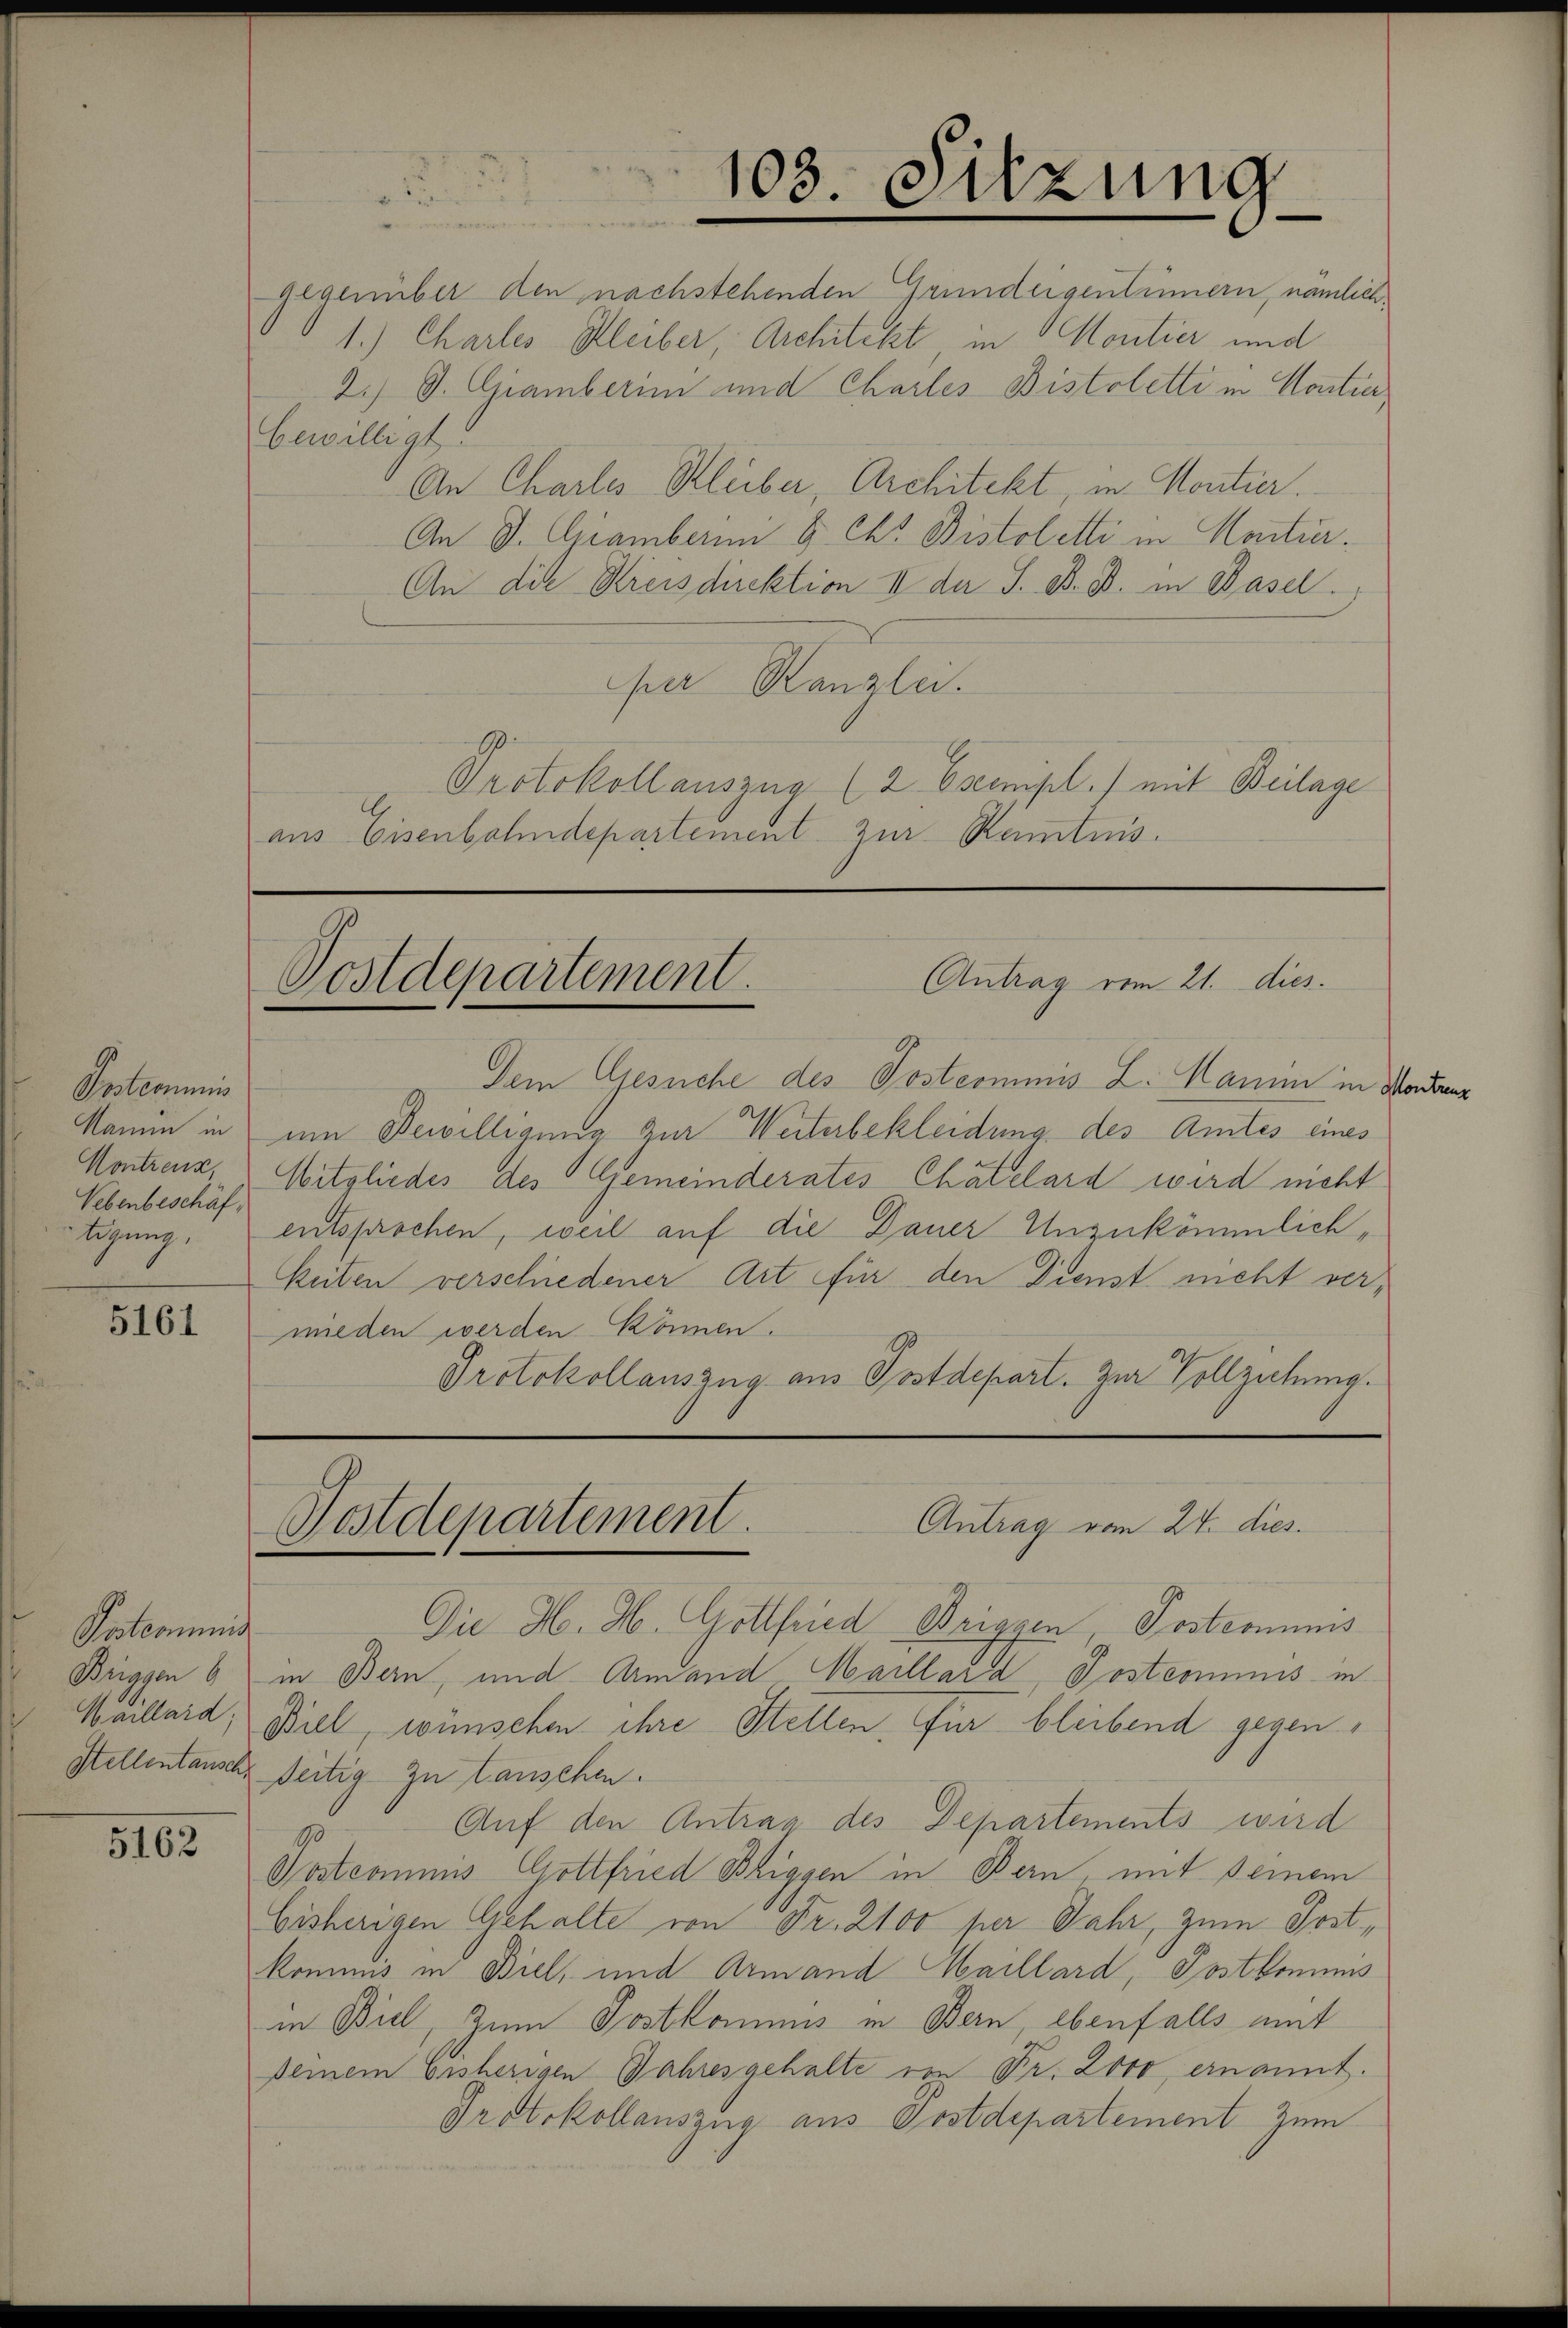
Postcommiss
Vebenbeschäf

5161

Patronung

5162

gegenüber den nachstehenden Grundeigentümern, nämlich¬
1.) Chartes Bleiber, Architekt in Montier und
2.) J. Chamberini und Charles Bistoletti in Contier
bewilligt.
An Charlos Bleiber, Architekt, in Montier.
An D. Gramberin 8 Ckt Bistoletti in Montier.
An die Kreisdirektion II der S. B. B. in Basel.
Aer Kanzlei.
Protokollauszug (2 Exempl.) mit Beilage
aus Eisenbahndepartement zur Kenntnis.

103. Sitzung.

u
Antrag vom 21. dies
Postdepartement.

Die H. H. Gottfried Briggen Posteriums
Briggen 6 in Bern, und Armand Maillard Postcommis in
Maillaid, Biel, wünschen ihre Stellen, für bleibend gegen
Stellentansche seitig zu tauschen.
Auf den Antrag des Departements wird
1
Postcommus Gottfried Bliggen in Bern, mit seinem
Eisherigen Gehalte von Fr. 2100 per Jahr, zum Postkommnis in Biel, und Armand Maillard, Postkomis
in Biel, zum Postkommnis in Bern, ebenfalls mit
Deinem bisherigen Jahresgehalte von Fr. 2000 ernannt.
Protokollauszug aus Postdepartement zum

Dem Gesuche des Postcommis L. Kamin in Madame
Namin in um Bewilligung zur Weiterbekleidung des Amtes eines
Montrais, Mitgliedes des Gemeinderates Chätelard wird nicht
tigung, entsprochen, weil auf die Dauer Unzukömmlich¬
Zeiten verschiedener Art für den Dienst nicht vermieden werden können.
Protokollauszug aus Postdepart. Zur Vollziehung.

Antrag vom 24. dies
Postdepartement.